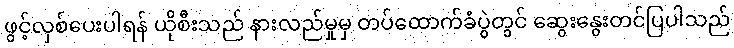
ဖွင့်လှစ်ပေးပါရန် ယိုစီးသည် နားလည်မှုမှ တပ်ထောက်ခံပွဲတွင် ဆွေးနွေးတင်ပြပါသည်